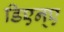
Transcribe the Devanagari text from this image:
डिएन्ए